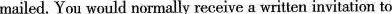
mailed, You would normally receivea written invitation to